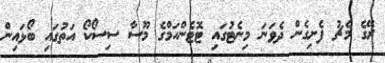
ރޭގެ މެޗު ފެށިގެން ދެވަނަ މިނެޓުގައި ޓޮޓެންހަމްގެ މޫސާ ސިސޯކޯ އަތުގައި ބޯޅައިން